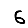
Digit: 6